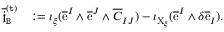
\begin{array} { r l } { \overline { { \mathfrak { j } } } _ { \mathtt { B } } ^ { \mathtt { ( t ) } } } & { : = \imath _ { \xi } ( \overline { { \mathrm { e } } } ^ { I } \wedge \overline { { \mathrm { e } } } ^ { J } \wedge \overline { { C } } _ { I J } ) - \imath _ { \mathrm { X } _ { \xi } } ( \overline { { \mathrm { e } } } ^ { I } \wedge \delta \overline { { \mathrm { e } } } _ { I } ) . } \end{array}